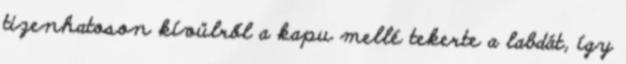
tizenhatoson kívülről a kapu mellé tekerte a labdát, így